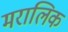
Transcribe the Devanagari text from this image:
मरालिक